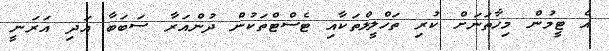
އެ ޓީމުން މިހާތަނަށް ކުރި ތަހްލީލްތަކާއި ޓެސްޓްތަކުން ދުންއަރާ ސަބަބާ އަދި އަރަނީ